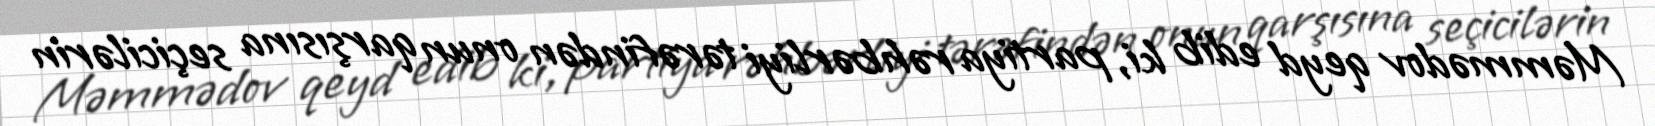
Məmmədov qeyd edib ki, partiya rəhbərliyi tərəfindən onun qarşısına seçicilərin